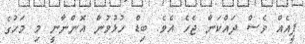
ފީއެއް ވެސް ދައްކަން ޖެހެ އެވެ. ބިޑް ހުޅުވުން އޮންނާނީ މި މަހުގެ